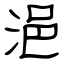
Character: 浥